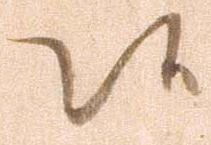
候